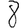
Digit: 8